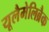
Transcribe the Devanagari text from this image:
यूलैमेलिब्रैक